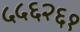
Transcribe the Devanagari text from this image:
५५६२६१